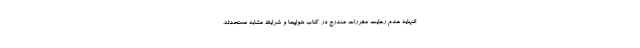
النهایه عدم رعایت مقررات مندرج در کتاب هواپیما و شرایط مشابه مستحدثه،